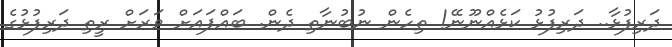
ދަރިފުޅާ.. ދަރިފުޅު ކަޅެއްނޫނޭ! ތިހެން ނުބުނާތި ދެން. ބައްޕައަށް ވަރަށް ރީތި ދަރިފުޅުގެ